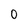
Character: 0